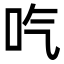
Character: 𠯏